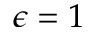
\epsilon = 1